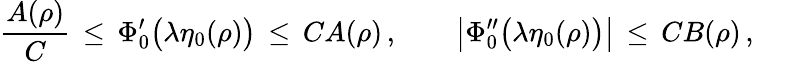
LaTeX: \frac{A(\rho)}{C}\, \le\, \Phi_{0}^{\prime}\bigl(\lambda\eta_{0}(\rho)\bigr)\, \le\, CA(\rho)\, ,\qquad\bigl|\Phi_{0}^{\prime\prime}\bigl(\lambda\eta_{0}(\rho)\bigr)\bigr|\, \le\, CB(\rho)\, ,\qquad